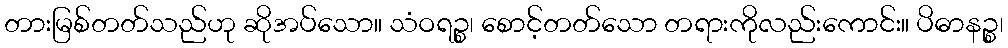
တားမြစ်တတ်သည်ဟု ဆိုအပ်သော။ သံဝရဉ္စ၊ စောင့်တတ်သော တရားကိုလည်းကောင်း။ ပိဓာနဉ္စ၊